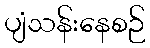
ပျံသန်းနေစဉ်